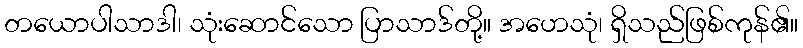
တယောပါသာဒါ၊ သုံးဆောင်သော ပြာသာဒ်တို့။ အဟေသုံ၊ ရှိသည်ဖြစ်ကုန်၏။